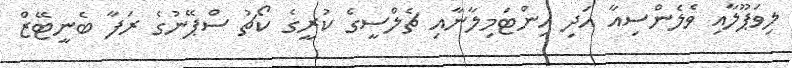
ލިވަޕޫލާއި ވެލެންސިއާ އަދި އިންޓަމިލާނާއި ޗެލްސީގެ ކުރީގެ ކޯޗު ސްޕޭނުގެ ރަފާ ބެނީޓޭޒް